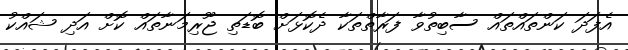
އެފަދަ ކަންތައްތައް ސާބިތުވާ ފަރާތްތަކާ ދެކޮޅަށް ބޮޑަތި ޖޫރިމަނާތައް ކޮށް އަދި ޝައްކު